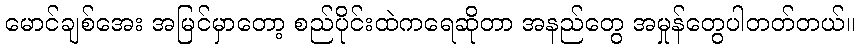
မောင်ချစ်အေး အမြင်မှာတော့ စည်ပိုင်းထဲကရေဆိုတာ အနည်တွေ အမှုန်တွေပါတတ်တယ်။